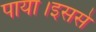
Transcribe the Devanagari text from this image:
पाया।इससे